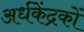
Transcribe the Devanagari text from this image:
अर्धकेंद्रकों